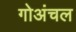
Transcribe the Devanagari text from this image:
गोअंचल